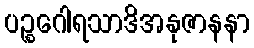
ပဉ္စဂေါရသာဒိအနုဇာနနာ